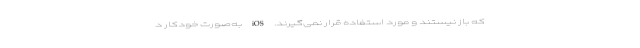
که باز نیستند و مورد استفاده قرار نمی‌گیرند. iOS به‌صورت خودکار د